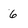
Character: 6